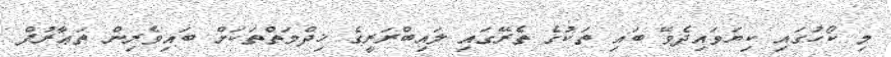
މި ކޯހުގައި ކިޔަވައިދެވޭ ބައި ތަކުގެ ތެރޭގައި ލައިބްރަރީގެ ޚިދްމަތްތަކަށް ބައިވެރިން ތަޢާރުފް